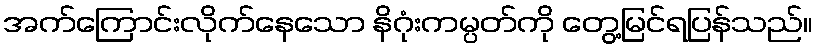
အက်ကြောင်းလိုက်နေသော နိဂုံးကမ္ပတ်ကို တွေ့မြင်ရပြန်သည်။